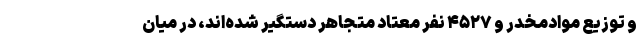
و توزیع موادمخدر و ۴۵۲۷ نفر معتاد متجاهر دستگیر شده‌اند، در میان